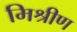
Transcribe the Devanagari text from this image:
मिश्रीण